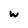
Character: w